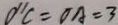
O ^ { \prime } C = O A = 3